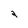
Character: 2